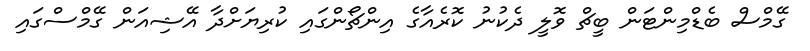
ގޭމްސް ބެޑްމިންޓަން ބީޗް ވޮލީ ދެކުނު ކޮރެއާގެ އިންޗޯންގައި ކުރިޔަށްދާ އޭޝިއަން ގޭމްސްގައި